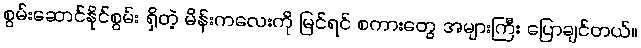
စွမ်းဆောင်နိုင်စွမ်း ရှိတဲ့ မိန်းကလေးကို မြင်ရင် စကားတွေ အများကြီး ပြောချင်တယ်။